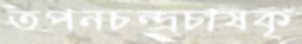
তপনচন্দ্রচাষকৃ